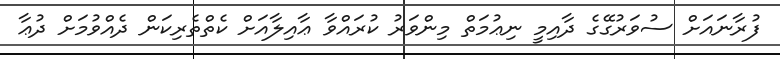
ފުރާނައަށް ސުވަރުގޭގެ ދާއިމީ ނިޢުމަތް މިންވަރު ކުރައްވާ ޢާއިލާއަށް ކެތްތެރިކަން ދެއްވުމަށް ދުޢާ